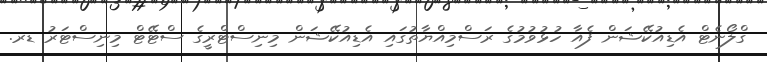
ގްލޯނެޓް އެޑިއުކޭޝަން ފެއާ ހުޅުވުމުގެ ރަސްމިއްޔާތުގައި އެޑިއުކޭޝަން މިނިސްޓްރީގެ ސްޓޭޓް މިނިސްޓަރު ޑރ.